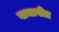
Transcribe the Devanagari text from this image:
वाचावीत